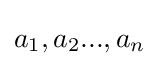
a_{1},a_{2}...,a_{n}